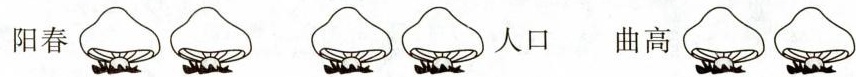
阳春 人口 曲高